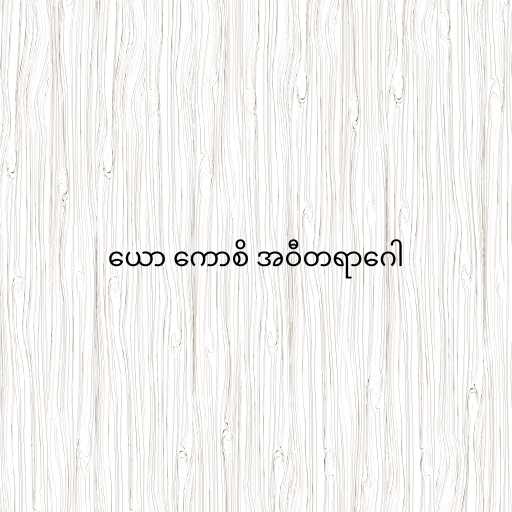
ယော ကောစိ အဝီတရာဂေါ